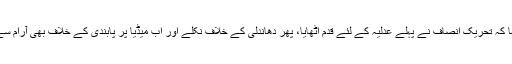
عمران خان نے کہا کہ تحریکِ انصاف نے پہلے عدلیہ کے لئے قدم اٹھایا، پھر دھاندلی کے خلاف نکلے اور اب میڈیا پر پابندی کے خلاف بھی آرام سے نہیں بیٹھیں گے۔